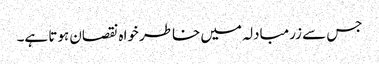
جس سے زرمبادلہ میں خاطر خواہ نقصان ہوتا ہے۔